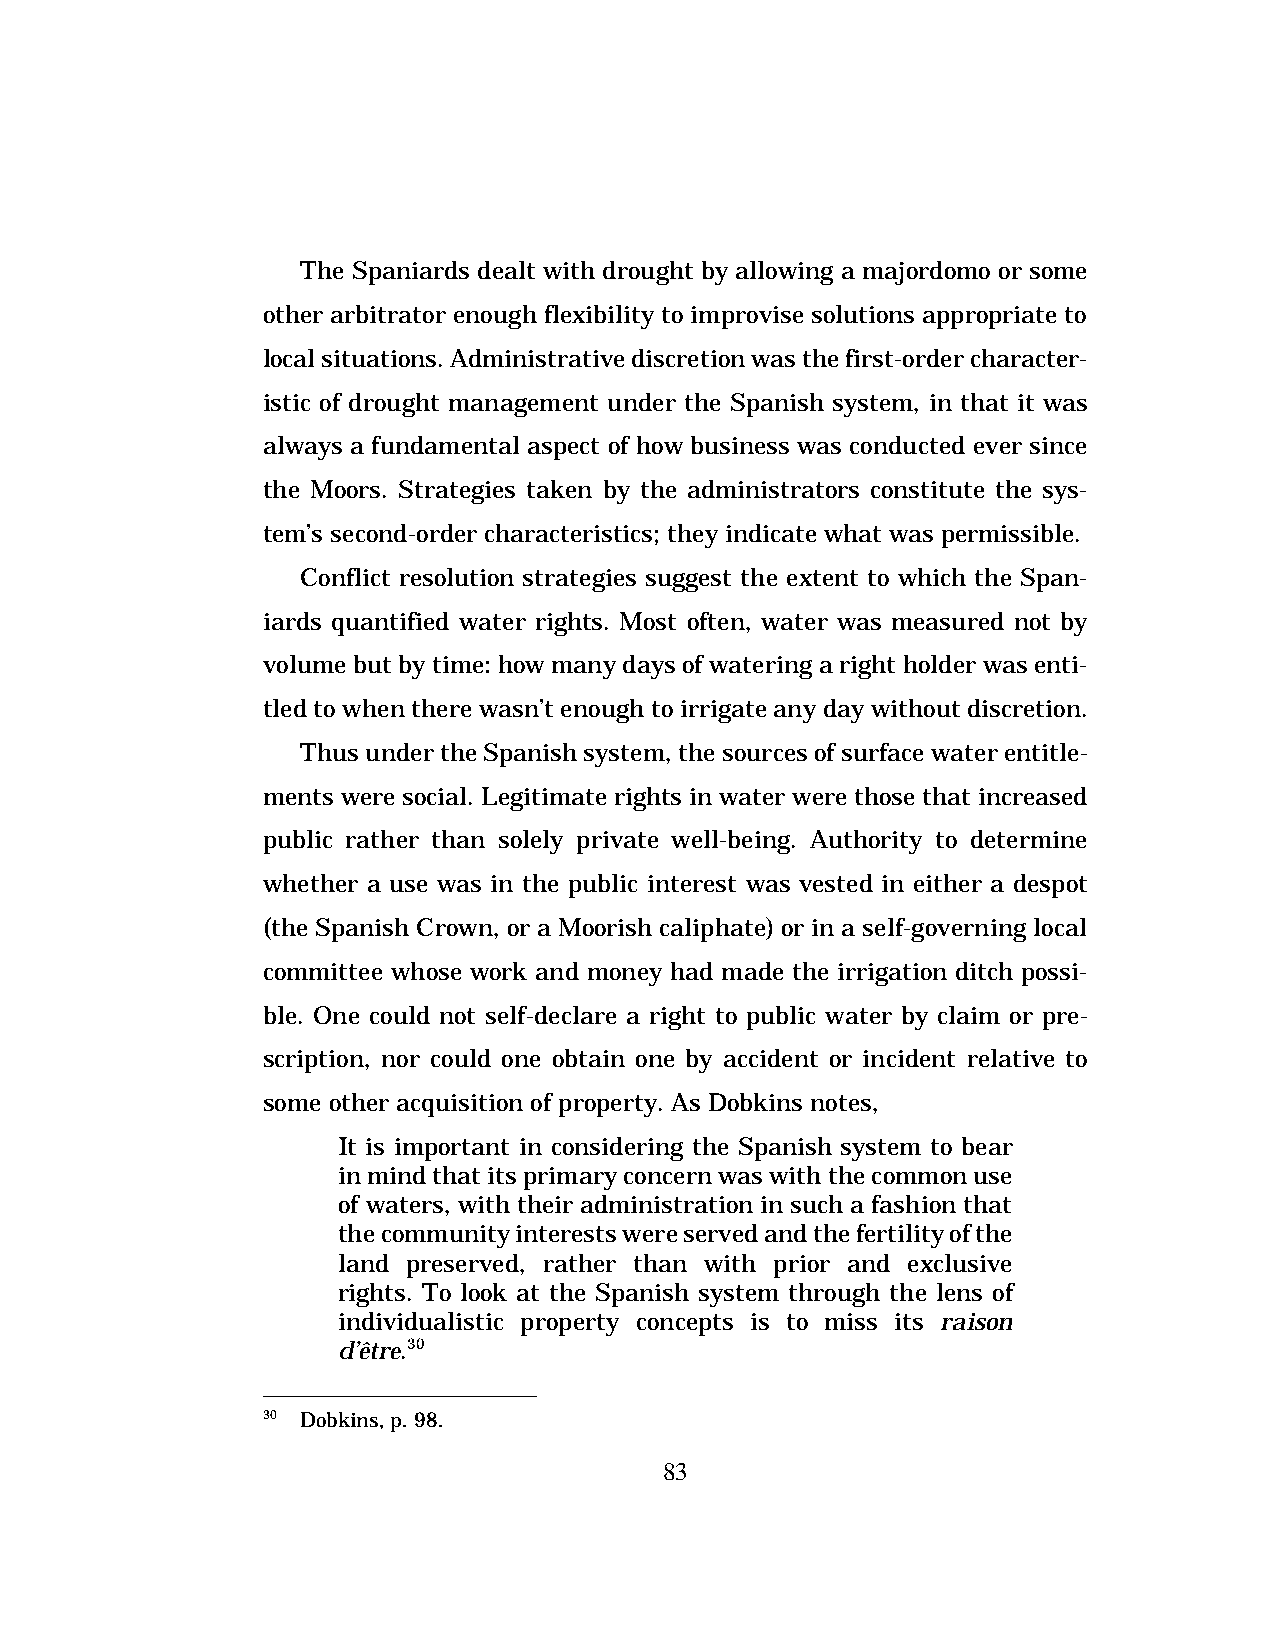
The Spaniards dealt with drought by allowing a majordomo or some
 other arbitrator enough flexibility to improvise solutions appropriate to
 local situations. Administrative discretion was the first-order character-
 istic of drought management under the Spanish system, in that it was
 always a fundamental aspect of how business was conducted ever since
 the Moors. Strategies taken by the administrators constitute the sys-
 tem’s second-order characteristics; they indicate what was permissible.
 Conflict resolution strategies suggest the extent to which the Span-
 iards quantified water rights. Most often, water was measured not by
 volume but by time: how many days of watering a right holder was enti-
 tled to when there wasn’t enough to irrigate any day without discretion.
 Thus under the Spanish system, the sources of surface water entitle-
 ments were social. Legitimate rights in water were those that increased
 public rather than solely private well-being. Authority to determine
 whether a use was in the public interest was vested in either a despot
 (the Spanish Crown, or a Moorish caliphate) or in a self-governing local
 committee whose work and money had made the irrigation ditch possi-
 ble. One could not self-declare a right to public water by claim or pre-
 scription, nor could one obtain one by accident or incident relative to
 some other acquisition of property. As Dobkins notes,
 It is important in considering the Spanish system to bear
 in mind that its primary concern was with the common use
 of waters, with their administration in such a fashion that
 the community interests were served and the fertility of the
 land preserved, rather than with prior and exclusive
 rights. To look at the Spanish system through the lens of
 individualistic property concepts is to miss its raison
 d’être.30
 30 Dobkins, p. 98.
 83